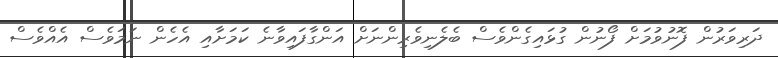
ދަރިވަރުން ފޮނުވުމަށް ފޯނުން ގުޅައިގެންވެސް ބެލެނިވެރިންނަށް އަންގާފައިވާނެ ކަމަށާއި އެހެން ނަމަވެސް އެއްވެސް